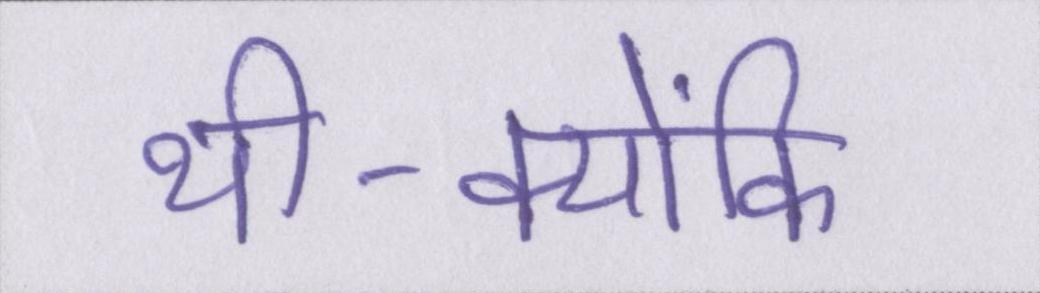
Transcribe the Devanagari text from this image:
थी-क्योंकि